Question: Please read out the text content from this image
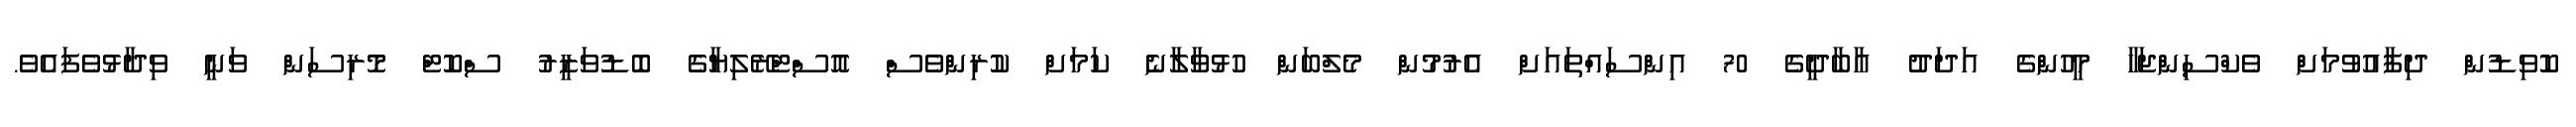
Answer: ކޮވިޑުން ދިފާއުވުމަށް ވެކްސިންޖަހާ މީހުންގެ އަދަދު އާބާދީގެ 70 އިންސައްތައަށް އެރުމުން މެލްބަން ހުޅުވާލާނެ ކަމަށް ކުރިންވެސް އޮސްޓްރޭލިޔާގެ ބޮޑުވަޒީރު ސްކޮޓް މޮރިސަން ވަނީ ވިދާޅުވެފައެވެ.